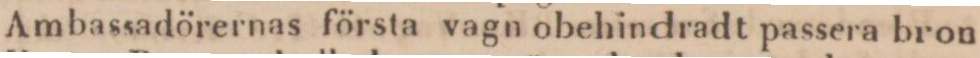
Ambassadörernas första vagn obehindradt passera bron